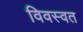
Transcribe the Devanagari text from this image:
विवस्वत